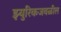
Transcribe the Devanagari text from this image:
झ्युरिकजवळील